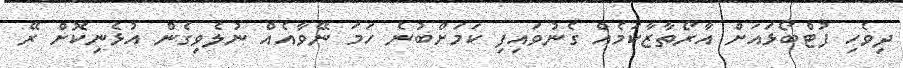
ދިވެހި ފުޓްބޯޅައަށް އާރޯތާޒާކަމެއް ގެނުވައިފި ކަމަށްބުނެ ހަމަ ނޭވާއެއް ނުލެވިގެން އުޅެނިކޮށް ރޭ